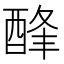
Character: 𨡃